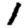
Digit: 1